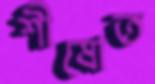
শীষোত